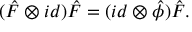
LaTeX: ( \hat { F } \otimes i d ) \hat { F } = ( i d \otimes { \hat { \phi } } ) \hat { F } .